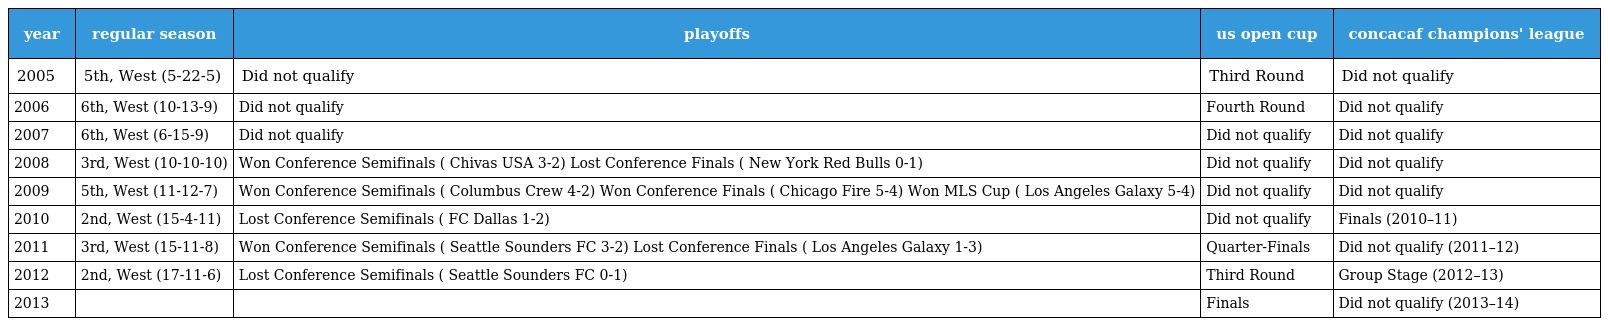
| year | regular season | playoffs | us open cup | concacaf champions' league |
 | --- | --- | --- | --- | --- |
 | 2005 | 5th, West (5-22-5) | Did not qualify | Third Round | Did not qualify |
 | 2006 | 6th, West (10-13-9) | Did not qualify | Fourth Round | Did not qualify |
 | 2007 | 6th, West (6-15-9) | Did not qualify | Did not qualify | Did not qualify |
 | 2008 | 3rd, West (10-10-10) | Won Conference Semifinals ( Chivas USA 3-2) Lost Conference Finals ( New York Red Bulls 0-1) | Did not qualify | Did not qualify |
 | 2009 | 5th, West (11-12-7) | Won Conference Semifinals ( Columbus Crew 4-2) Won Conference Finals ( Chicago Fire 5-4) Won MLS Cup ( Los Angeles Galaxy 5-4) | Did not qualify | Did not qualify |
 | 2010 | 2nd, West (15-4-11) | Lost Conference Semifinals ( FC Dallas 1-2) | Did not qualify | Finals (2010–11) |
 | 2011 | 3rd, West (15-11-8) | Won Conference Semifinals ( Seattle Sounders FC 3-2) Lost Conference Finals ( Los Angeles Galaxy 1-3) | Quarter-Finals | Did not qualify (2011–12) |
 | 2012 | 2nd, West (17-11-6) | Lost Conference Semifinals ( Seattle Sounders FC 0-1) | Third Round | Group Stage (2012–13) |
 | 2013 |  |  | Finals | Did not qualify (2013–14) |